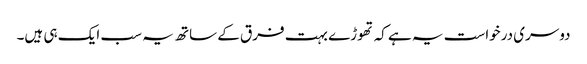
دوسری درخواست یہ ہے کہ تھوڑے بہت فرق کے ساتھ یہ سب ایک ہی ہیں۔